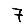
Digit: 7